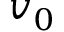
v _ { 0 }